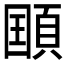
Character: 𲊯